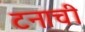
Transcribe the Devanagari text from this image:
टनाची